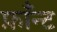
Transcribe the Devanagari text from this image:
फ़ाँन्ट